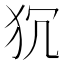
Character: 𭷻